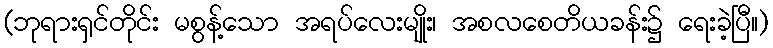
(ဘုရားရှင်တိုင်း မစွန့်သော အရပ်လေးမျိုး၊ အစလစေတိယခန်း၌ ရေးခဲ့ပြီ။)